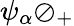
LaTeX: \psi_{\alpha}\oslash_{+}